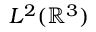
L ^ { 2 } ( \mathbb { R } ^ { 3 } )